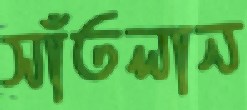
সাঁতলান